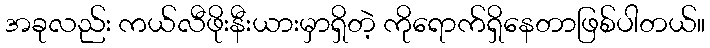
အခုလည်း ကယ်လီဖိုးနီးယားမှာရှိတဲ့ ကိုရောက်ရှိနေတာဖြစ်ပါတယ်။